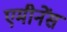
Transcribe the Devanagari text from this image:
एमीनेंस